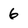
Character: 6